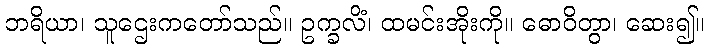
ဘရိယာ၊ သူဌေးကတော်သည်။ ဥက္ခလိံ၊ ထမင်းအိုးကို။ ဓောဝိတွာ၊ ဆေး၍။